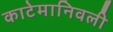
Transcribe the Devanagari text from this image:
काटेमानिवली